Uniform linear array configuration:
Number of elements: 4
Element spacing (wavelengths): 0.5
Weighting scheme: uniform
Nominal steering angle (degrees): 15
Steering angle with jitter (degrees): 15.758
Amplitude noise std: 0.05
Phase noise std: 0.05

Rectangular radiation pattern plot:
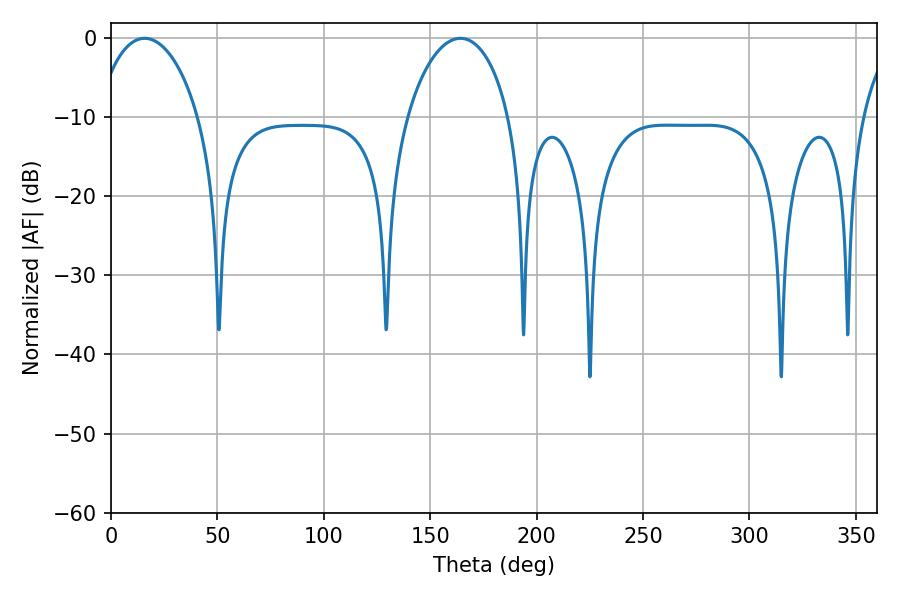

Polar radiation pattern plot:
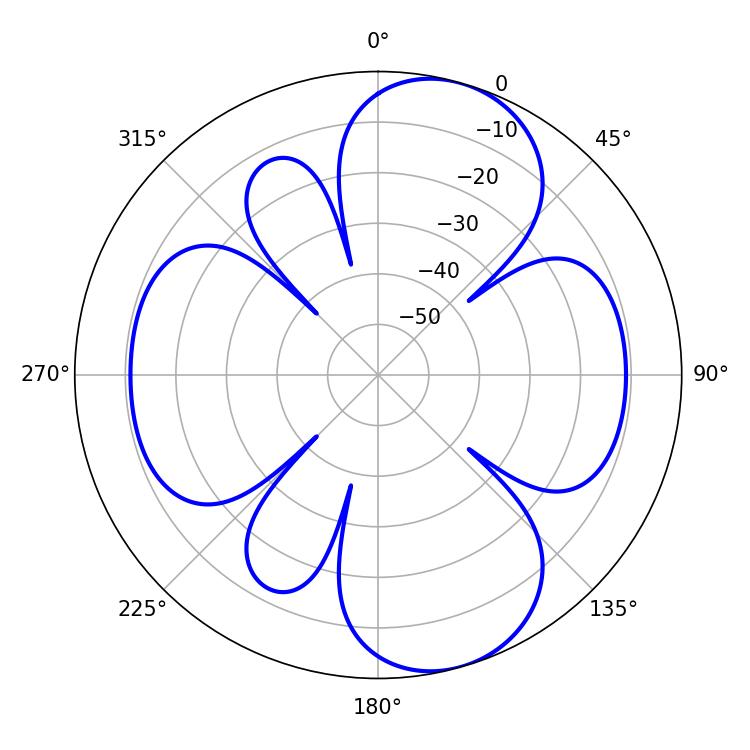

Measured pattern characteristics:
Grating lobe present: FALSE
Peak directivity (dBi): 8.969
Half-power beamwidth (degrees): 27.54
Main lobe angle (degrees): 15.84